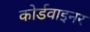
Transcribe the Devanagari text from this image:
कोर्डवाइनर